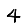
Digit: 4